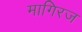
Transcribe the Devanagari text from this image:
मागिरज